Civil Veterinary Department Bihar reports 1936-40 - 1936-1940
Year: 1936
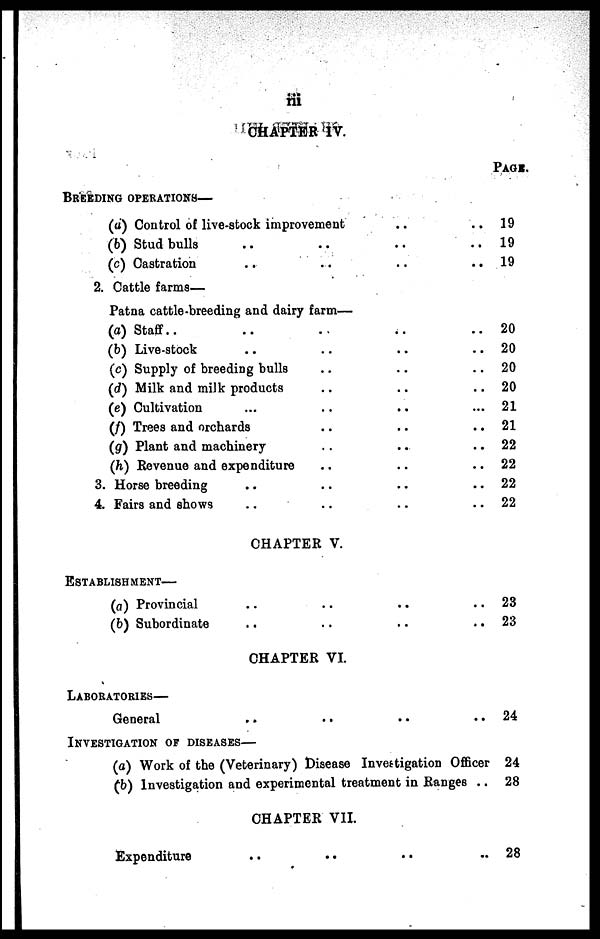
iii
CHAPTER IV.
Breeding operations—
(a) Control of live-stock improvement .. ..
(b) Stud bulls .. .. .. ..
(c) Castration .. .. .. ..
2. Cattle farms—
Patna cattle-breeding and dairy farm—
(a) Staff.. .. .. .. ..
(b) Live-stock .. .. .. ..
(c) Supply of breeding bulls .. .. ..
(d) Milk and milk products .. .. ..
(e) Cultivation ... .. .. ...
(f) Trees and orchards ... .. .. ...
(g) Plant and machinery .. .. ..
(h) Revenue and expenditure .. .. ..
3. Horse breeding .. .. .. ..
4. Fairs and shows .. .. .. ..
CHAPTER V.
Establishment—
(a) Provincial .. .. .. ..
(b) Subordinate .. .. .. ..
CHAPTER VI.
Laboratories—
General .. .. .. ..
Investigation of diseases—
(a) Work of the (Veterinary) Disease Investigation Officer
(b) Investigation and experimental treatment in Ranges ..
CHAPTER VII.
Expenditure .. .. .. ..
Page.
19
19
19
20
20
20
20
21
21
22
22
22
22
23
23
24
24
28
28